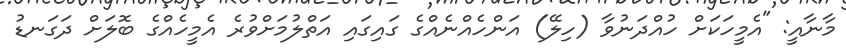
މާނާއީ: "އެމީހަކަށް ހުއްދަނުވާ (ހިލޭ) އަންހެއްނެއްގެ ގައިގައި އަތްލުމަށްވުރެ އެމީހެއްގެ ބޮލަށް ދަގަނޑު